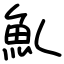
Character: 䰲